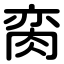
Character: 脔